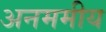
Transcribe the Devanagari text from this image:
अनममीय